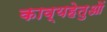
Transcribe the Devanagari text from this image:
काव्यहेतुओं